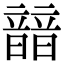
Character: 䪭